Annual statistical returns and brief notes on vaccination in Bengal - 1887-1898
Year: 1887
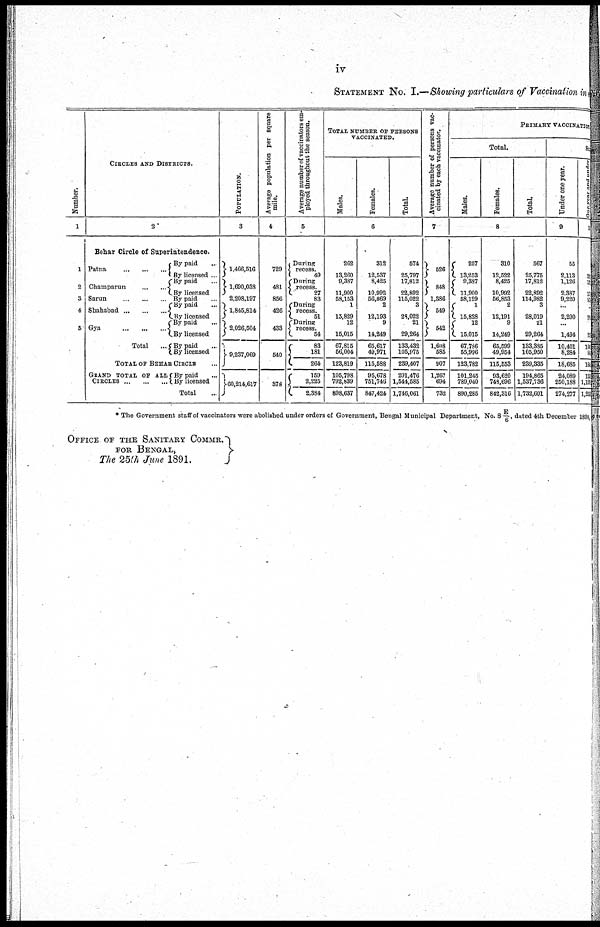
iv
STATEMENT NO. I.—Showing particulars of Vaccination in
Number.
1
1
2
3
4
5
CIRCLES AND DISTRICTS.
2
Behar Circle of Superintendence.
Patna
...
...
...
Champarun ... ...
Sarun
...
...
...
Shahabad ... ... ...
Gya
...
...
...
Total ...
By paid ...
By licensed ...
By paid ...
By licensed
By paid ...
By paid ...
By licensed
By paid ...
By licensed
By paid
...
By By licensed
TOTAL OF BEHAR CIRCLE ...
GRAND TOTAL OF ALL
CIRCLES ... ... ...
By paid ...
By licensed
Total ...
POPULATION.
3
1,466,516
1,690,038
2,208,197
1,845,814
2,026,504
9,237,069
60,214,617
Average population per square
mile.
4
729
481
856
426
433
540
378
Average number of vaccinators em-
ployed throughout the season.
5
During
recess.
49
During
recess.
27
83
During
recess.
51
During
recess.
54
83
181
264
159
2,225
2,384
TOTAL NUMBER OF PERSONS
VACCINATED.
Males.
Females.
Total.
6
262
13,260
9,387
11,900
58,153
1
15,829
12
15,015
67,816
56,004
123,819
105,798
792,839
898,637
312
12,537
8,425
10,992
56,869
2
12,193
9
14,249
65,617
49,971
115,588
95,678
751,746
847,424
574
25,797
17,812
22,892
115,022
3
28,022
21
29,264
133,432
105,975
239,407
201,476
1,544,585
1,746,061
Average number of persons vac-
cinated by each vaccinator.
7
526
848
1,386
549
542
1,608
585
907
1,267
694
732
PRIMARY VACCINATIOS
Total.
Males.
Females.
Total.
8
257
13,253
9,387
11,900
58,129
1
15,828
12 15,015
67,786
55,996
123,782
101,245
789,040
890,285
310
12,522
8,425
10,992
56,853
2
12,191
9
14,249
65,599
49,954
115,553
93,620
748,696
842,316
567
25,775
17,812
22,892
114,982
3
28,019
21
29,264
133,386
105,950
239,335
194,865
1,537,736
1,732,601
Su
Under one year.
9
55
2,113
1,126
2,387
9,220
...
2,290
...
1,494
10,401
8,284
18,685
24,089
250,188
274,277
One year and under
six
year.
10
22
12
17
87
...
20
...
23
100
84
184
133
1,120
1, 253
* The Government staff of vaccinators were abolished under orders of Government, Bengal Municipal Department, No. 8 E/6 , dated 4th December 1890.
OFFICE OF THE SANITARY COMMR.
FOR BENGAL,
The 25th June 1891.